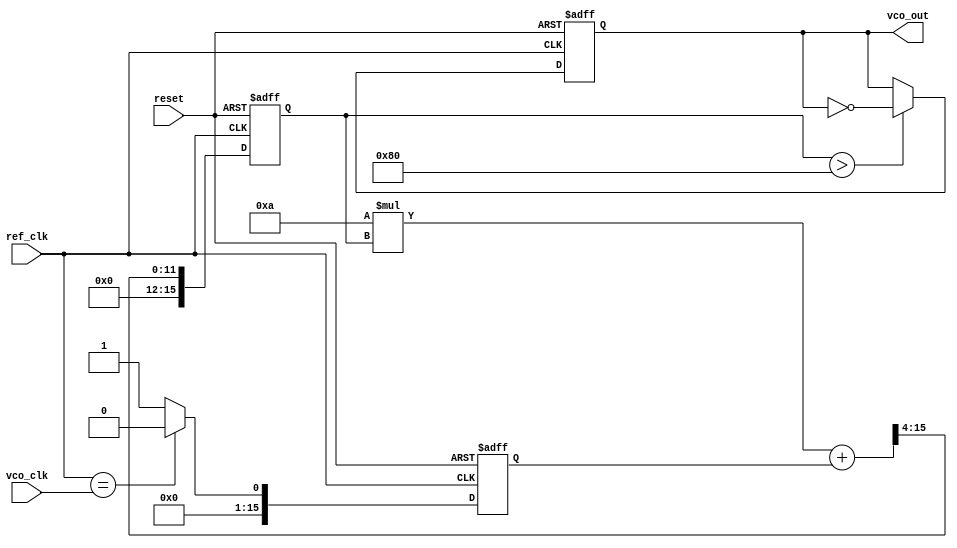
module MemoryBlocksPLL (
    input wire ref_clk,           // Reference clock signal
    input wire vco_clk,           // Output clock signal from VCO
    input wire reset,             // Reset signal
    output reg vco_out            // Output clock signal from the PLL
);

    // Parameters for the loop filter
    parameter FILTER_COEFF = 8'd10; // Example filter coefficient

    // Internal signals
    reg [15:0] phase_error;        // Phase error signal from the PD
    reg [15:0] control_voltage;     // Control voltage for the VCO
    reg [15:0] memory_blocks [0:3]; // Memory blocks for storing phase error and control voltages
    reg [1:0] memory_index;        // Index for memory blocks

    // Phase Detector (PD)
    always @(posedge ref_clk or posedge reset) begin
        if (reset) begin
            phase_error <= 16'd0;
        end else begin
            // Simple phase comparison logic (for demonstration)
            phase_error <= (ref_clk == vco_clk) ? 16'd0 : 16'd1; // Replace with actual phase comparison logic
        end
    end

    // Loop Filter (LF)
    always @(posedge ref_clk or posedge reset) begin
        if (reset) begin
            control_voltage <= 16'd0;
        end else begin
            // Simple low-pass filter implementation
            control_voltage <= (FILTER_COEFF * control_voltage + phase_error) >> 4; // Example filtering
        end
    end

    // Memory Block Operations
    always @(posedge ref_clk or posedge reset) begin
        if (reset) begin
            memory_index <= 2'b00;
            memory_blocks[0] <= 16'd0;
            memory_blocks[1] <= 16'd0;
            memory_blocks[2] <= 16'd0;
            memory_blocks[3] <= 16'd0;
        end else begin
            // Store phase error and control voltage in memory blocks
            memory_blocks[memory_index] <= phase_error; // Store phase error
            memory_blocks[memory_index + 1] <= control_voltage; // Store control voltage
            memory_index <= memory_index + 2; // Update memory index
            if (memory_index >= 2'b11) begin
                memory_index <= 2'b00; // Wrap around
            end
        end
    end

    // Voltage-Controlled Oscillator (VCO)
    always @(posedge ref_clk or posedge reset) begin
        if (reset) begin
            vco_out <= 1'b0;
        end else begin
            // Example VCO behavior based on control voltage
            if (control_voltage > 16'd128) begin
                vco_out <= ~vco_out; // Toggle output clock for demonstration
            end
        end
    end

endmodule